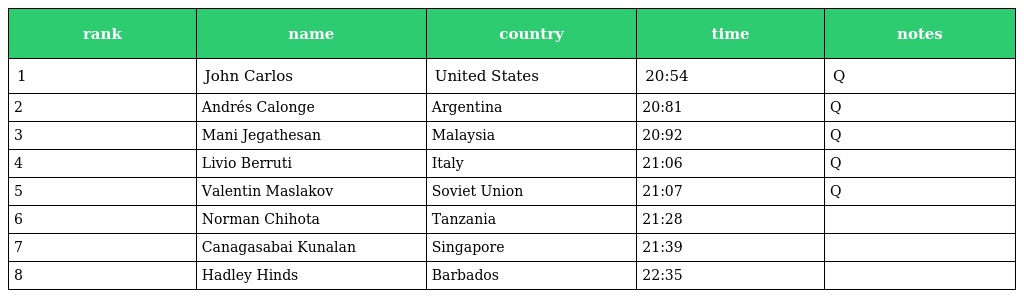
| rank | name | country | time | notes |
 | --- | --- | --- | --- | --- |
 | 1 | John Carlos | United States | 20:54 | Q |
 | 2 | Andrés Calonge | Argentina | 20:81 | Q |
 | 3 | Mani Jegathesan | Malaysia | 20:92 | Q |
 | 4 | Livio Berruti | Italy | 21:06 | Q |
 | 5 | Valentin Maslakov | Soviet Union | 21:07 | Q |
 | 6 | Norman Chihota | Tanzania | 21:28 |  |
 | 7 | Canagasabai Kunalan | Singapore | 21:39 |  |
 | 8 | Hadley Hinds | Barbados | 22:35 |  |